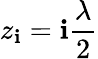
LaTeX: z_{\mathbf{i}}=\mathbf{i}\frac{{\lambda}}{{2}}